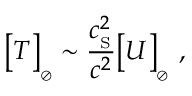
\big [ T \big ] _ { _ { \oslash } } \sim { \frac { c _ { _ \mathrm { S } } ^ { 2 } } { c ^ { 2 } } } \big [ U \big ] _ { _ { \oslash } } \ ,